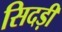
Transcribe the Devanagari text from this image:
सिदड़ी